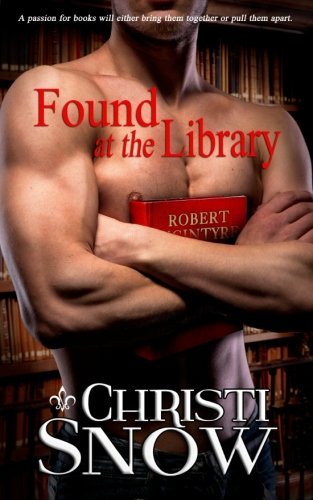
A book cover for Found At the Library; Christi Snow; Romance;